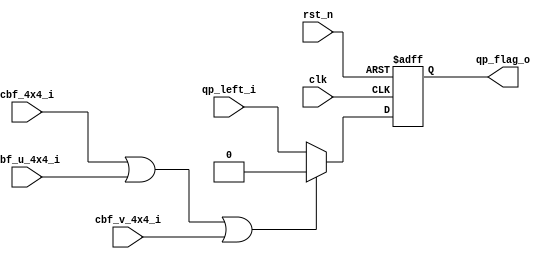
module db_qp(
				clk					,
				rst_n				,
				cbf_4x4_i			,
				cbf_u_4x4_i			,
				cbf_v_4x4_i			,
				qp_left_i			,
				
				qp_flag_o		
);
// *************************************************************************************************
//                                             
//    INPUT / OUTPUT DECLARATION               
//                                             
// *************************************************************************************************
input 				clk						;
input				rst_n					;
input				cbf_4x4_i			    ;
input				cbf_u_4x4_i			    ;
input				cbf_v_4x4_i			    ;
input               qp_left_i				;//indicate the left 4x4 cu qp is modified or not

output				qp_flag_o				;

reg   			 	qp_flag_o				; 
//---------------------------------------------------------------------------------------------------
wire  modified_flag   = !(cbf_4x4_i  ||cbf_u_4x4_i  ||cbf_v_4x4_i  );//4x4

always@(posedge clk or negedge rst_n) begin
	if(!rst_n)
		qp_flag_o		<=	1'b0		;	
	else if(modified_flag)//all coeffs  = 0
		qp_flag_o		<=	qp_left_i	;//qp_flag=1:qp need to be modified 
	else 
		qp_flag_o		<=	1'b0		;
	
end

endmodule